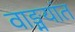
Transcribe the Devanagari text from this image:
वाङ्मयांत